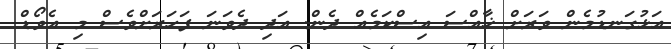
އަޅުގަނޑުމެން ވަރަށް ޚާއްސަ އިސްކަމެއް ދެން. އަދި ދެވަނަ ފަހަރަށްވެސް މި އެވޯޑް